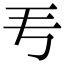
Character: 𬺵